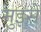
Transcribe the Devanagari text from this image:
मुझ्से